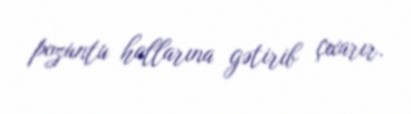
pozuntu hallarına gətirib çıxarır.